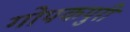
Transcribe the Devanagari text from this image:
गोपकपुरी